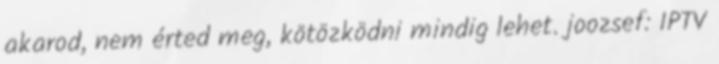
akarod, nem érted meg, kötözködni mindig lehet. joozsef: IPTV